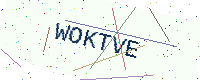
Text: WOKTVE